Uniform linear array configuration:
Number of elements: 12
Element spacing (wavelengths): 0.5
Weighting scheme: blackman
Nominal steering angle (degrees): -30
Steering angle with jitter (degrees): -29.437
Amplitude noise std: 0.05
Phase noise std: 0.05

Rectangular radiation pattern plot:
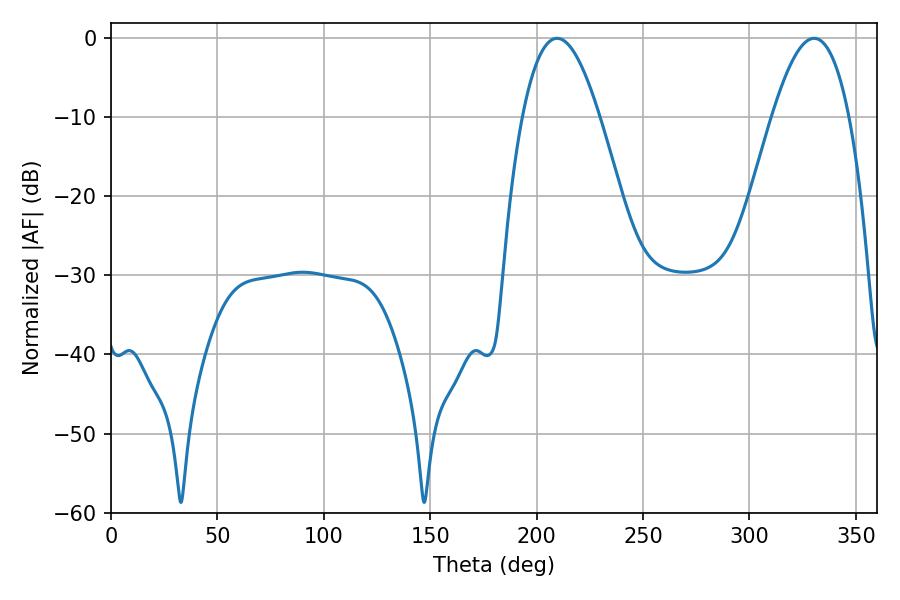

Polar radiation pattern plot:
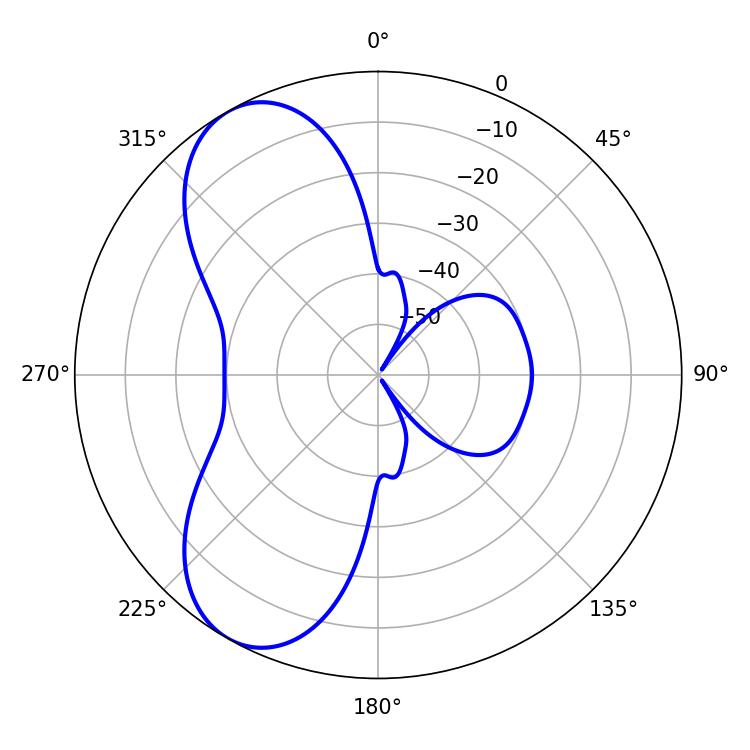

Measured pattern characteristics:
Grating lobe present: FALSE
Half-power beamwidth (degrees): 19.98
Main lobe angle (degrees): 209.52